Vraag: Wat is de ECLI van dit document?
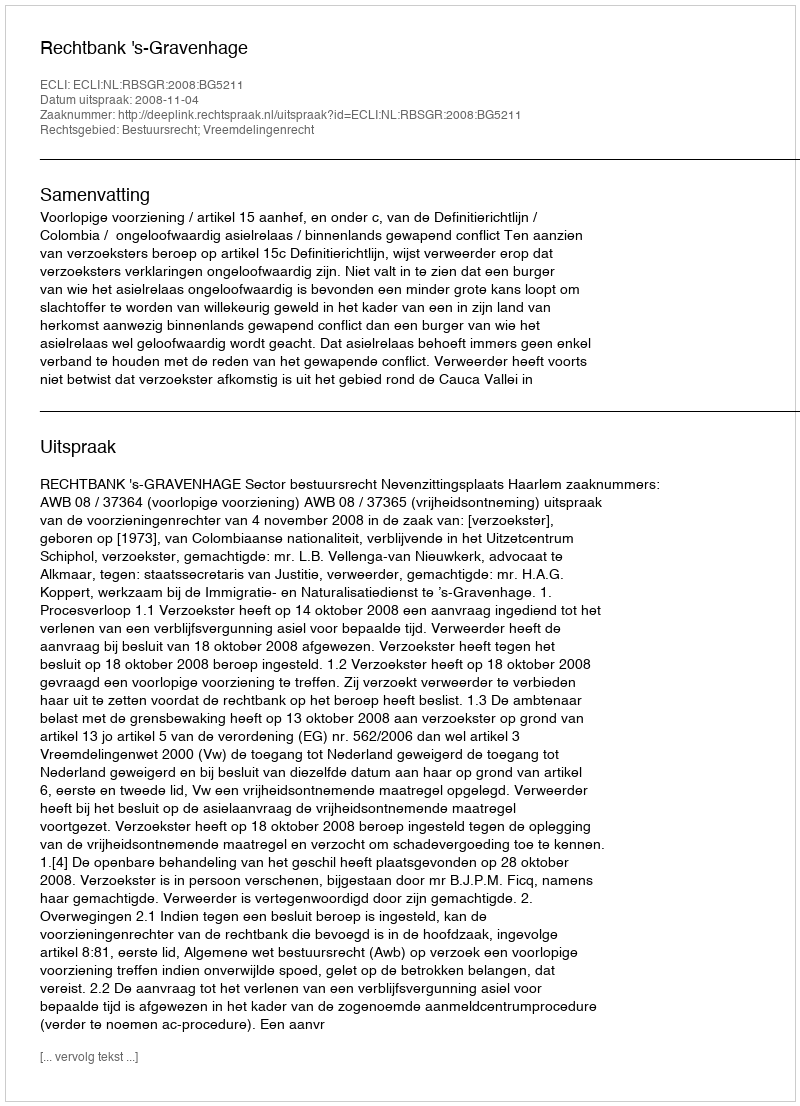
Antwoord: ECLI:NL:RBSGR:2008:BG5211